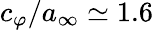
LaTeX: c_{\varphi}/a_{\infty}\simeq 1.6